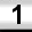
Digit: 1